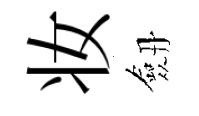
妆劔